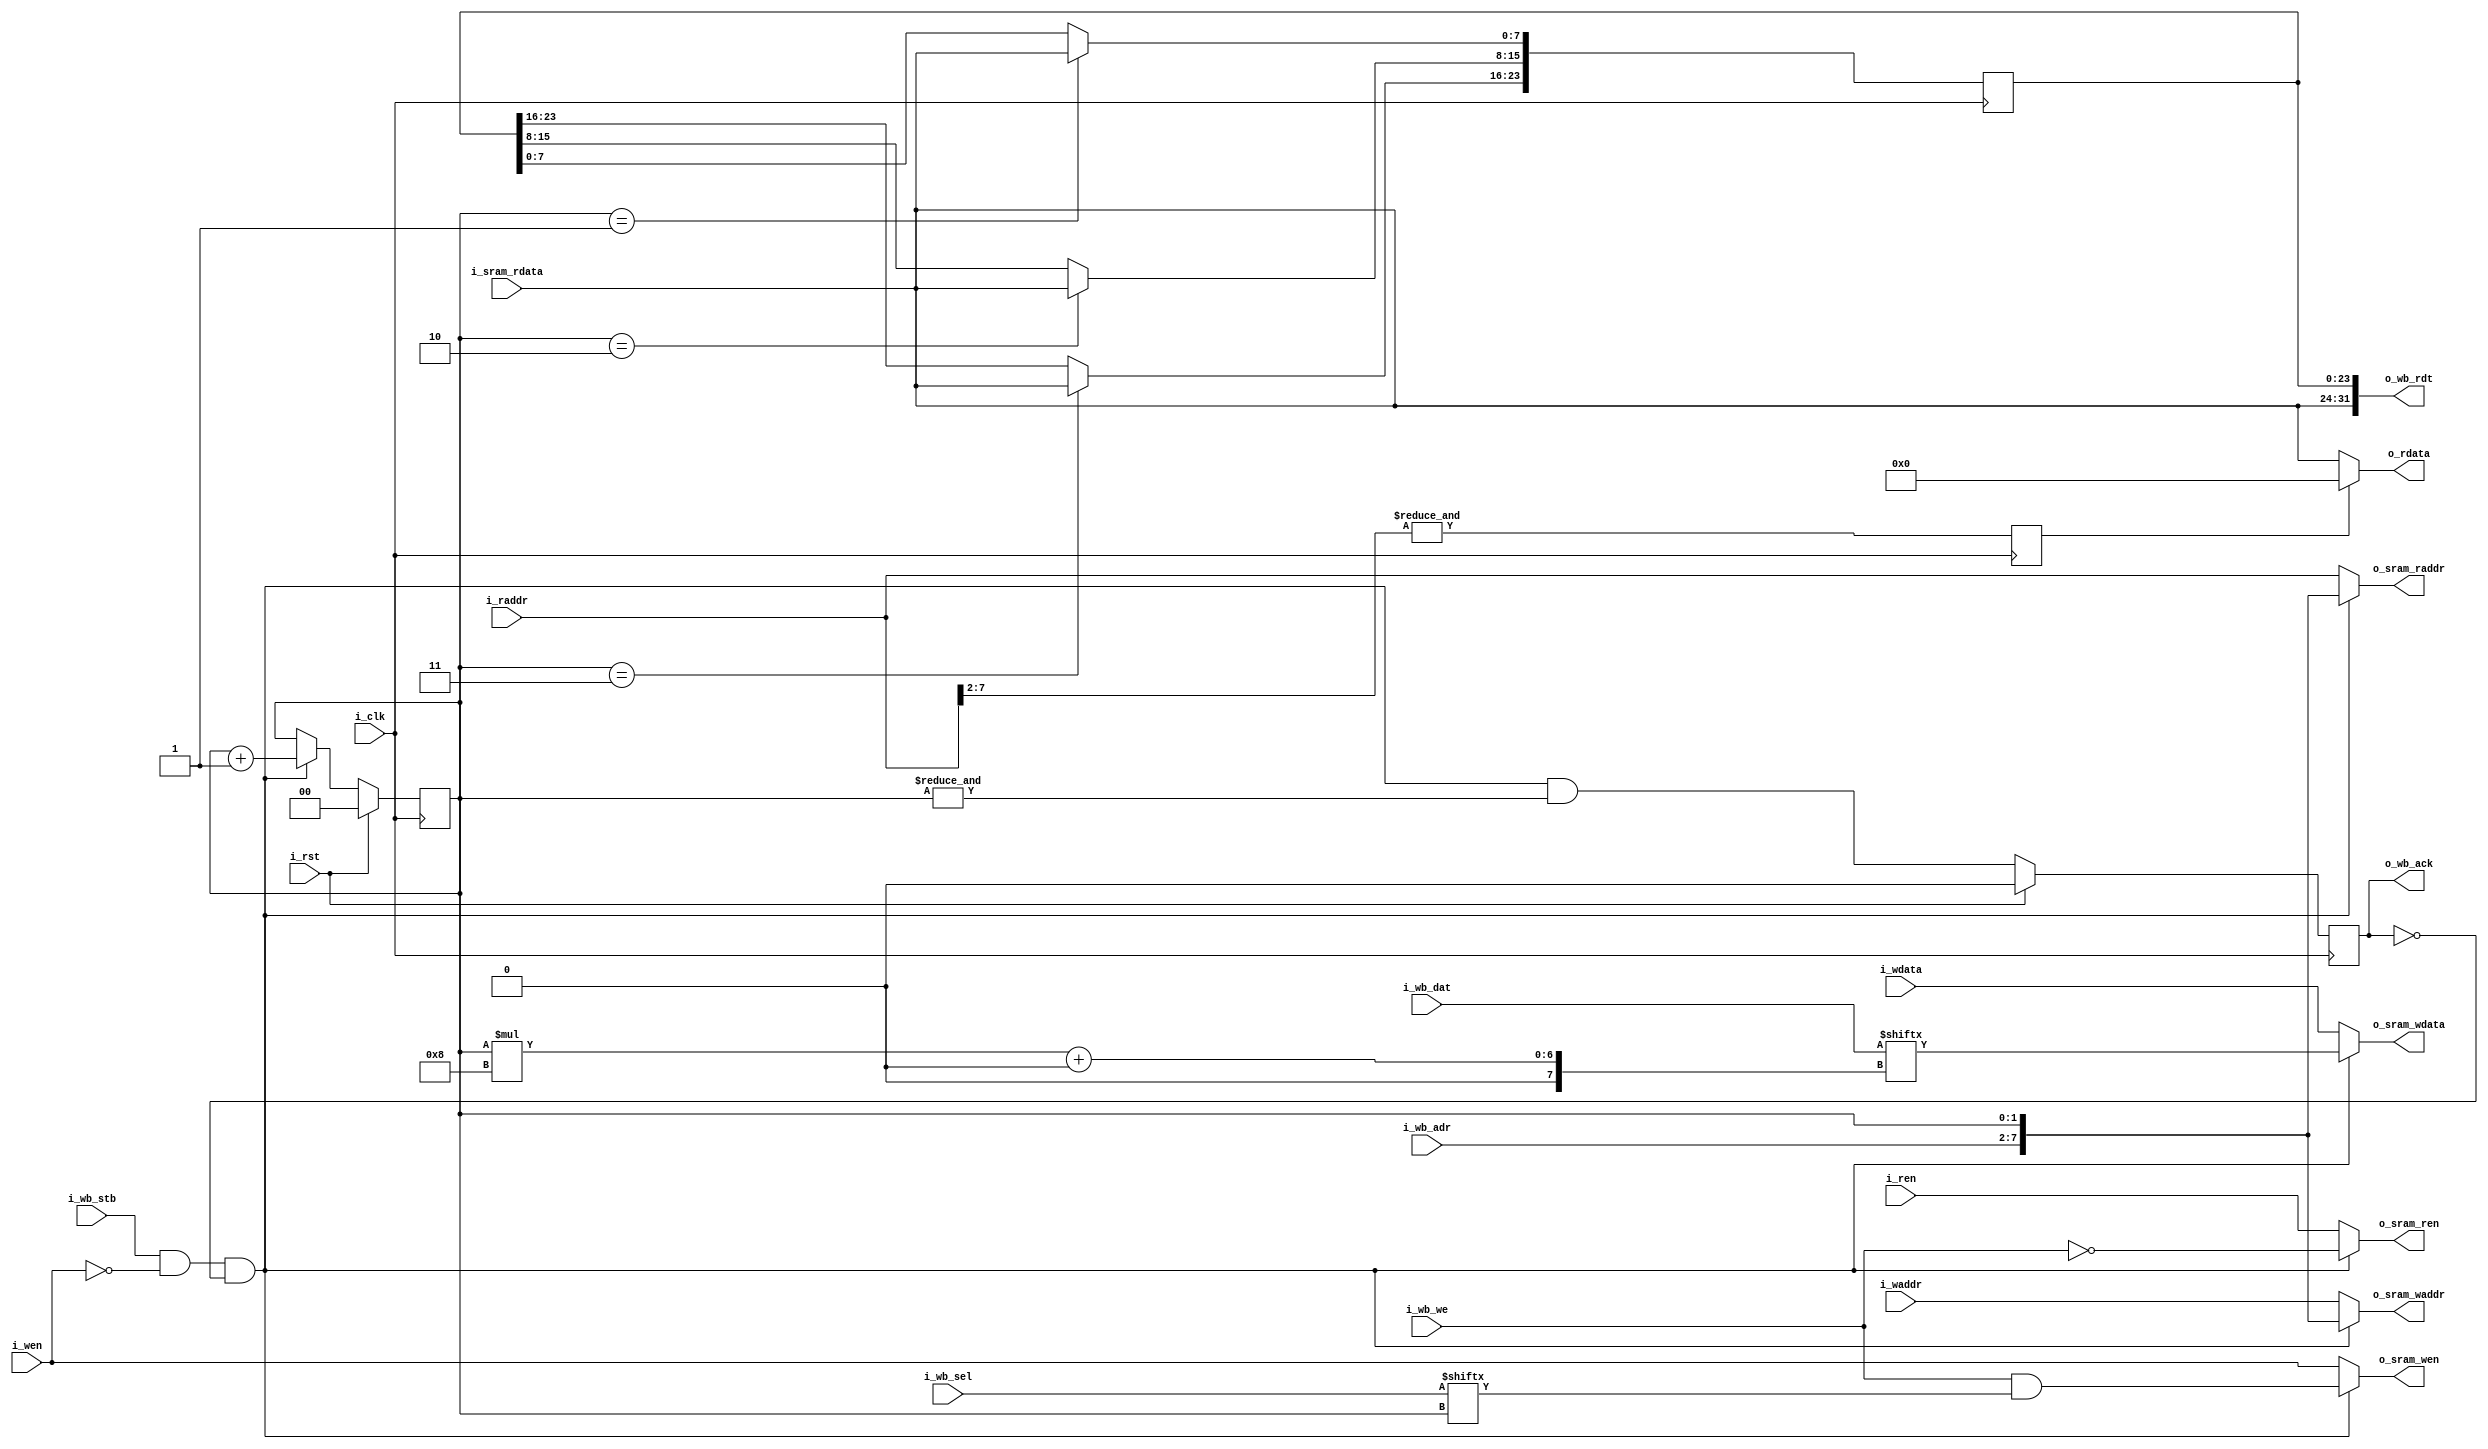
/*
 * subservient_ram.v : Shared RF I/D SRAM interface for the subservient SoC
 *
 * SPDX-FileCopyrightText: 2021 Olof Kindgren <olof.kindgren@gmail.com>
 * SPDX-License-Identifier: Apache-2.0
 */

`default_nettype none
module subservient_ram
  #(//Memory parameters
    parameter depth = 256,
    parameter aw    = $clog2(depth))
   (input wire 		 i_clk,
    input wire 		 i_rst,
    input wire [aw-1:0]  i_waddr,
    input wire [7:0] 	 i_wdata,
    input wire 		 i_wen,
    input wire [aw-1:0]  i_raddr,
    output wire [7:0] 	 o_rdata,
    input wire 		 i_ren,

    output wire [aw-1:0] o_sram_waddr,
    output wire [7:0] 	 o_sram_wdata,
    output wire 	 o_sram_wen,
    output wire [aw-1:0] o_sram_raddr,
    input wire [7:0] 	 i_sram_rdata,
    output wire 	 o_sram_ren,

    input wire [aw-1:2]  i_wb_adr,
    input wire [31:0] 	 i_wb_dat,
    input wire [3:0] 	 i_wb_sel,
    input wire 		 i_wb_we,
    input wire 		 i_wb_stb,
    output wire [31:0] 	 o_wb_rdt,
    output reg 		 o_wb_ack);

   reg [1:0] 		bsel;

   wire 		wb_en = i_wb_stb & !i_wen & !o_wb_ack;

   wire 		wb_we = i_wb_we & i_wb_sel[bsel];

   assign o_sram_waddr = wb_en ? {i_wb_adr[aw-1:2],bsel} : i_waddr;
   assign o_sram_wdata = wb_en ? i_wb_dat[bsel*8+:8]     : i_wdata;
   assign o_sram_wen   = wb_en ? wb_we : i_wen;
   assign o_sram_raddr = wb_en ? {i_wb_adr[aw-1:2],bsel} : i_raddr;
   assign o_sram_ren   = wb_en ? !i_wb_we : i_ren;

   reg [23:0] 		wb_rdt;
   assign o_wb_rdt = {i_sram_rdata, wb_rdt};

   reg 			regzero;
   always @(posedge i_clk) begin
      if (wb_en) bsel <= bsel + 2'd1;
      o_wb_ack <= wb_en & &bsel;
      if (bsel == 2'b01) wb_rdt[7:0]   <= i_sram_rdata;
      if (bsel == 2'b10) wb_rdt[15:8]  <= i_sram_rdata;
      if (bsel == 2'b11) wb_rdt[23:16] <= i_sram_rdata;
      if (i_rst) begin
	 bsel <= 2'd0;
	 o_wb_ack <= 1'b0;
      end
      regzero <= &i_raddr[aw-1:2];
   end

   assign o_rdata = regzero ? 8'd0 : i_sram_rdata;

endmodule